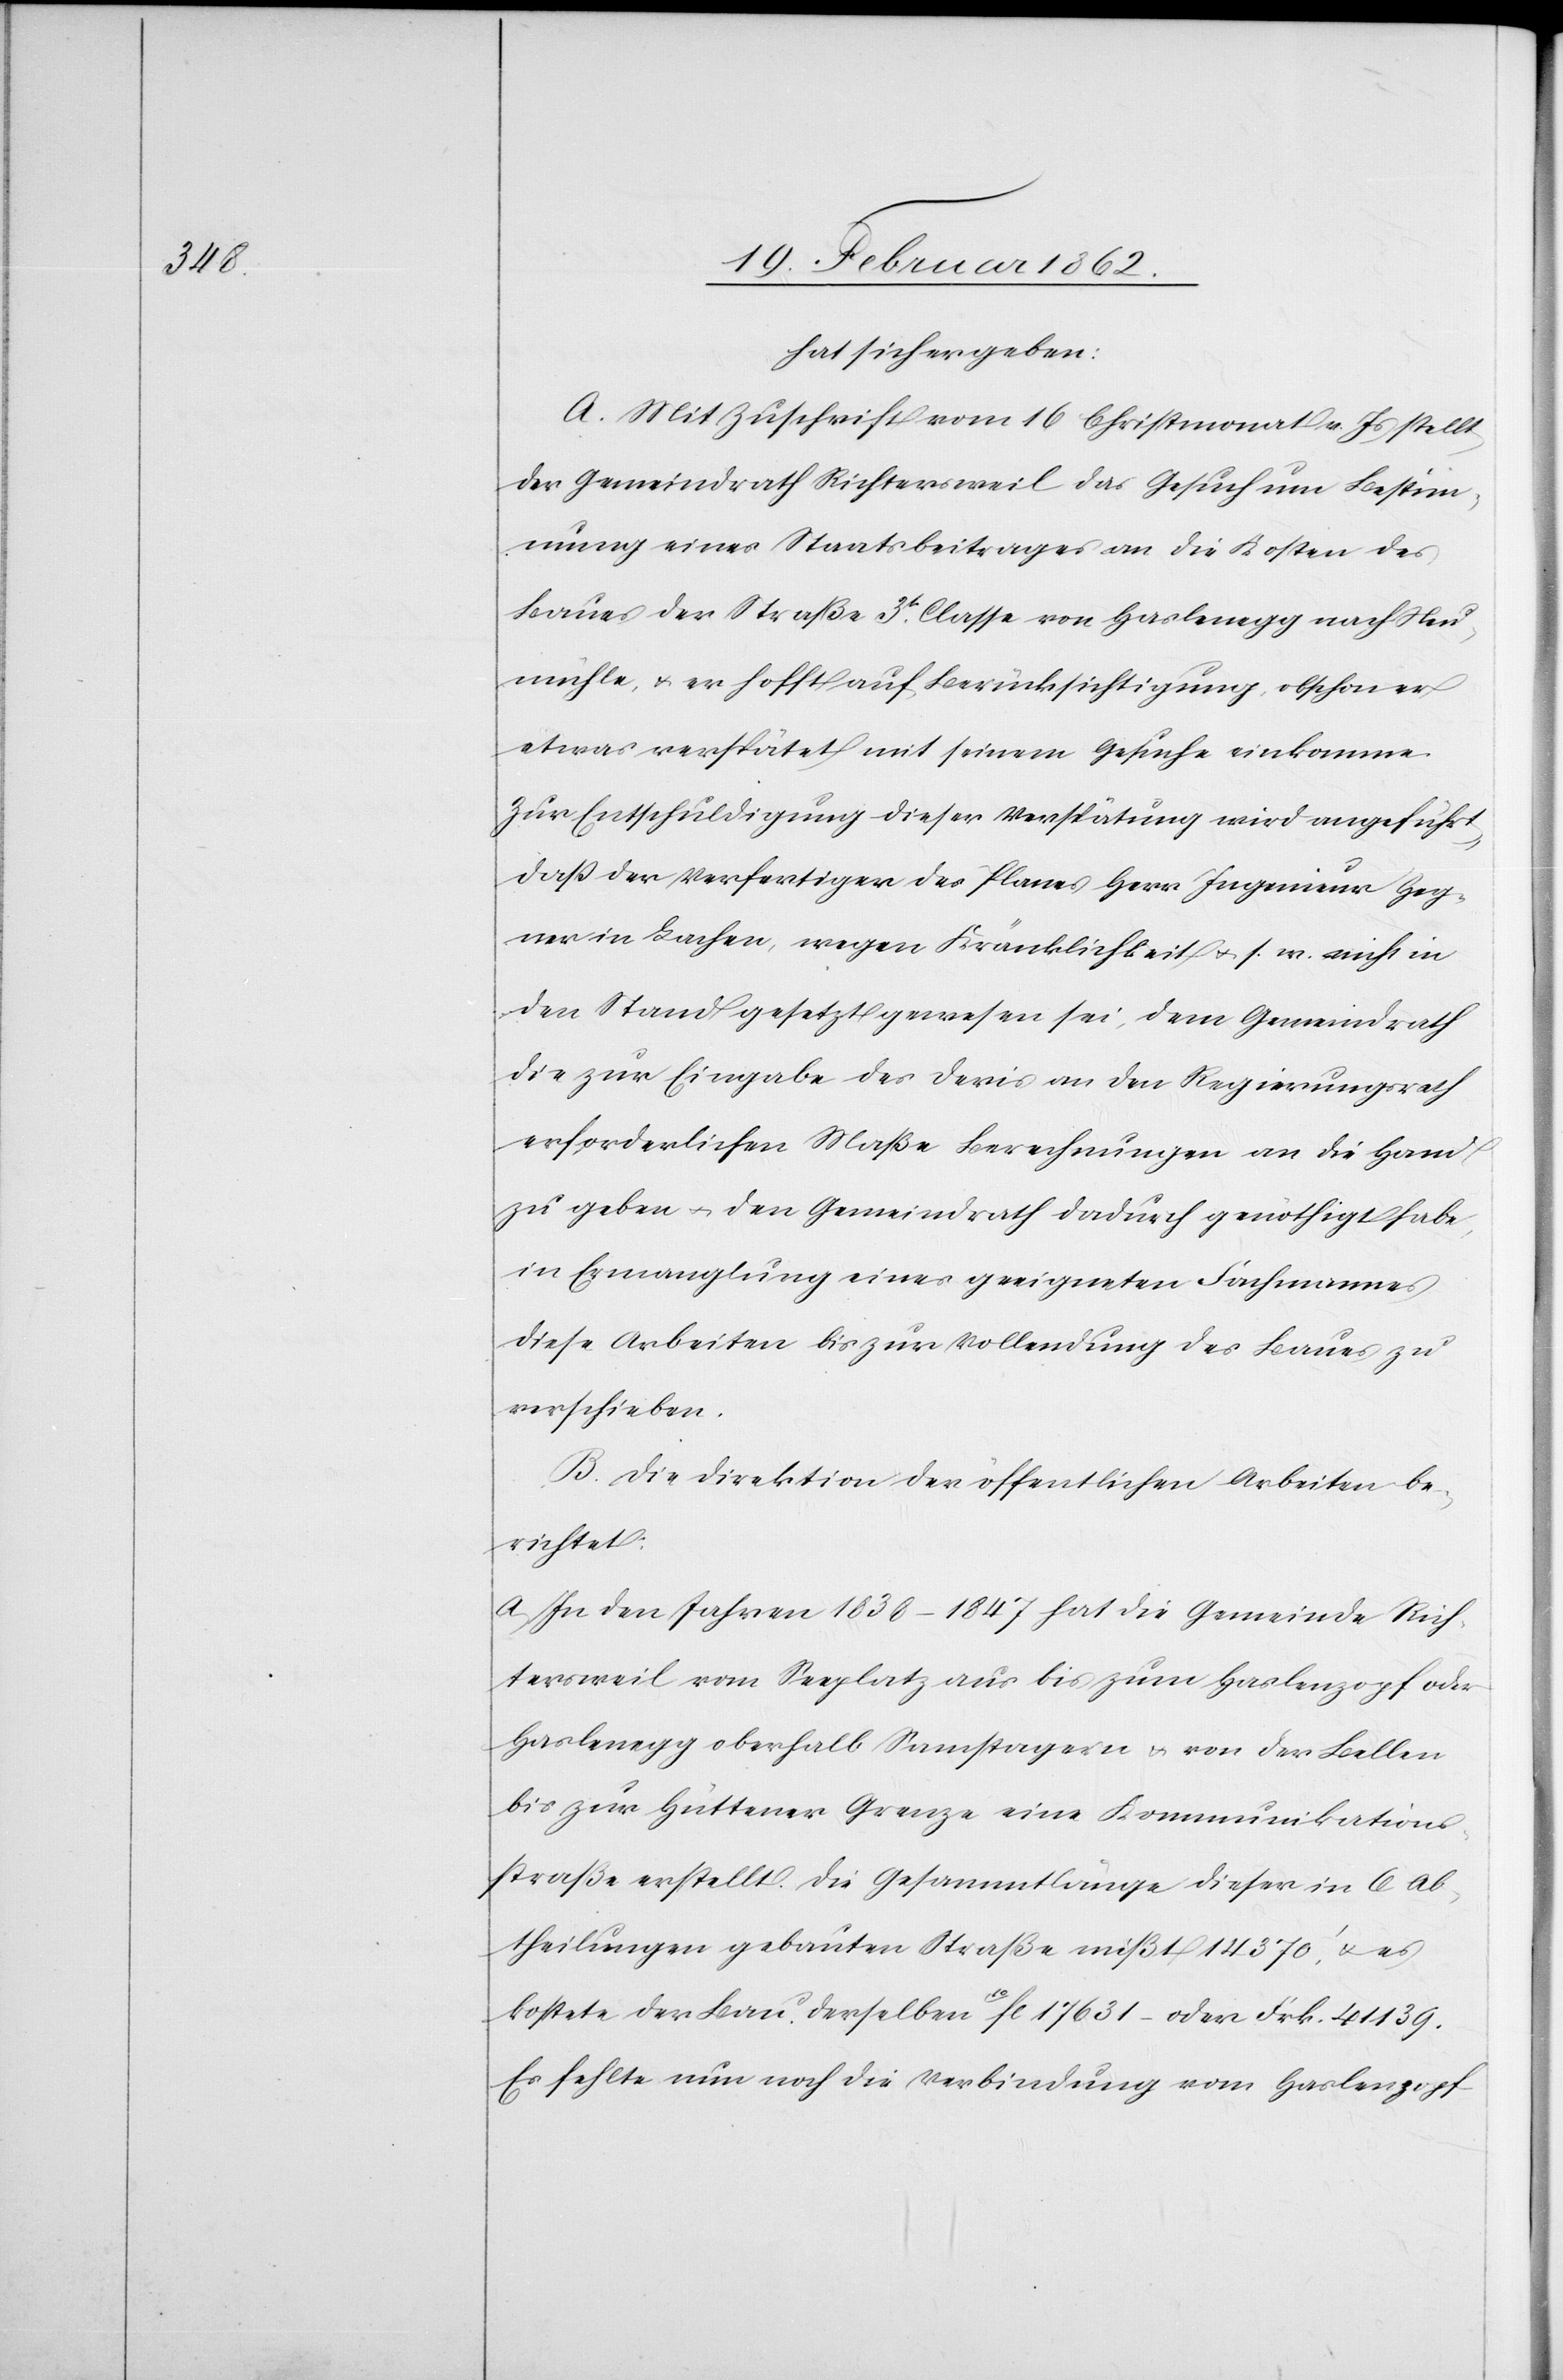
hat sich ergeben:
A. Mit Zuschrift vom 16 Christmonat v. Js stellt
der Gemeindrath Richtersweil das Gesuch um Bestim¬
mung eines Staatsbeitrages an die Kosten des
Baues der Straße 3t. Classe von Haslenegg nach Neu¬
mühle, u. er hofft auf Berücksichtigung, obschon er
etwas verspätet mit seinem Gesuche einkomme.
Zur Entschuldigung dieser Verspätung wird angeführt,
daß der Verfertiger des Planes Herr Ingenieur Heg¬
ner in Lachen, wegen Kränklichkeit u. s. w. nicht in
den Stand gesetzt gewesen sei, dem Gemeindrath
die zur Eingabe des Devis an den Regierungsrath
erforderlichen Maße Berechnungen an die Hand
zu geben u. den Gemeindrath dadurch genöthigt habe,
in Ermanglung eines geeigneten Fachmannes
diese Arbeiten bis zur Vollendung des Baues zu
verschieben.
B. Die Direktion der öffentlichen Arbeiten be¬
richtet:
a) In den Jahren 1838–1847 hat die Gemeinde Rich¬
tersweil vom Seeplatz aus bis zum Haslenzopf oder
Haslenegg oberhalb Samstagern u. von der Bellen
bis zur Hüttener Grenze eine Kommunikations¬
straße erstellt. Die Gesammtlänge dieser in 6 Ab¬
theilungen gebauten Straße mißt 14 370’, u. es
kostete der Bau derselben 10fl. 17 631 – oder Frk. 41 139.
Es fehlte nun noch die Verbindung vom Haslenzopf